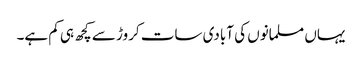
یہاں مسلمانوں کی آبادی سات کروڑ سے کچھ ہی کم ہے۔